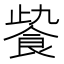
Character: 𩚻